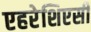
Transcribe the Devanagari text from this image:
एहरेशिएसी